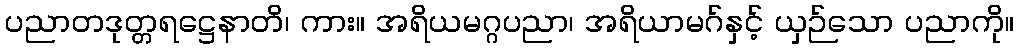
ပညာတဒုတ္တရဋ္ဌေနာတိ၊ ကား။ အရိယမဂ္ဂပညာ၊ အရိယာမဂ်နှင့် ယှဉ်သော ပညာကို။